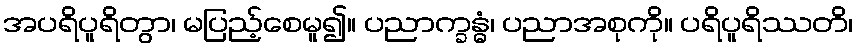
အပရိပူရိတွာ၊ မပြည့်စေမူ၍။ ပညာက္ခန္ဓံ၊ ပညာအစုကို။ ပရိပူရိဿတိ၊